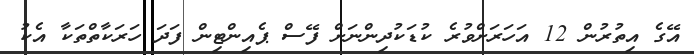
އޭގެ އިތުރުން 12 އަހަރަށްވުރެ ކުޑަކުދިންނަށް ފޭސް ޕެއިންޓިން ފަދަ ހަރަކާތްތަކާ އެކު